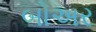
બોઅર